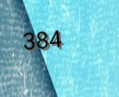
384